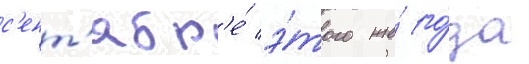
с'ент'ябр'е́ э́того же́ го́да